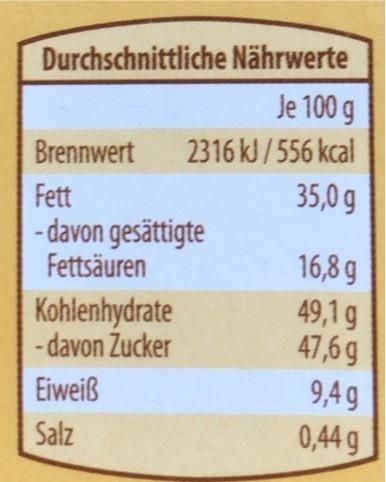
Durchschnittliche Nährwerte
Je 100 g
Brennwert
2316 kJ/556 kcal
35,0 g
Fett - davon gesättigte Fettsäuren
16,8 g
Kohlenhydrate - davon Zucker
49,1 g 47,6 g
Eiweiß
9,4 g
Salz
0,44 g